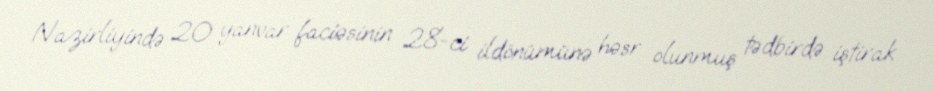
Nazirliyində 20 yanvar faciəsinin 28-ci ildönümünə həsr olunmuş tədbirdə iştirak